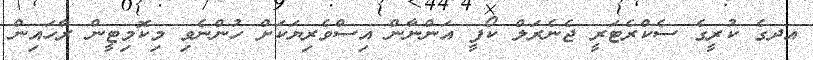
އދގެ ކުރީގެ ސެކްރެޓަރީ ޖެނެރަލް ކޯފީ އަންނާން އިސްވެރިޔަކަށް ހުންނެވި މިކޮމިޓީން ރާހައިން